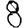
Digit: 8